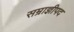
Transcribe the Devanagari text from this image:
सम्राज्ञीपद